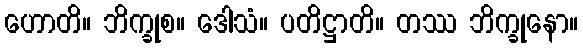
ဟောတိ။ ဘိက္ခုစ။ ဒေါသံ။ ပတိဋ္ဌာတိ။ တဿ ဘိက္ခုနော။